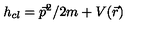
h _ { c l } = \vec { p } ^ { 2 } / 2 m + V ( \vec { r } )